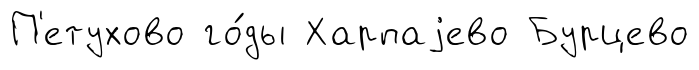
П'етухово го́ды Харпаjево Бурцево